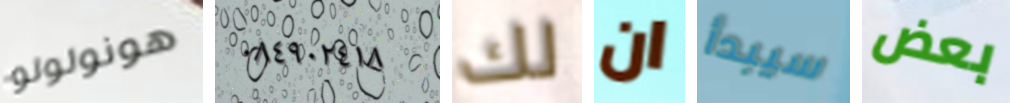
هونولولو ٠٨٤٩٠٢٤١٨ لك ان سيبدأ بعض